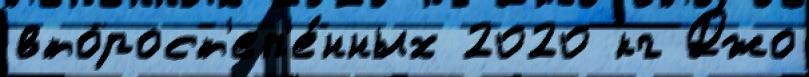
второст'еп'е́нных 2020 кг Джо